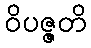
ဝိပဇ္ဇတိ